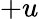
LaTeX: +u